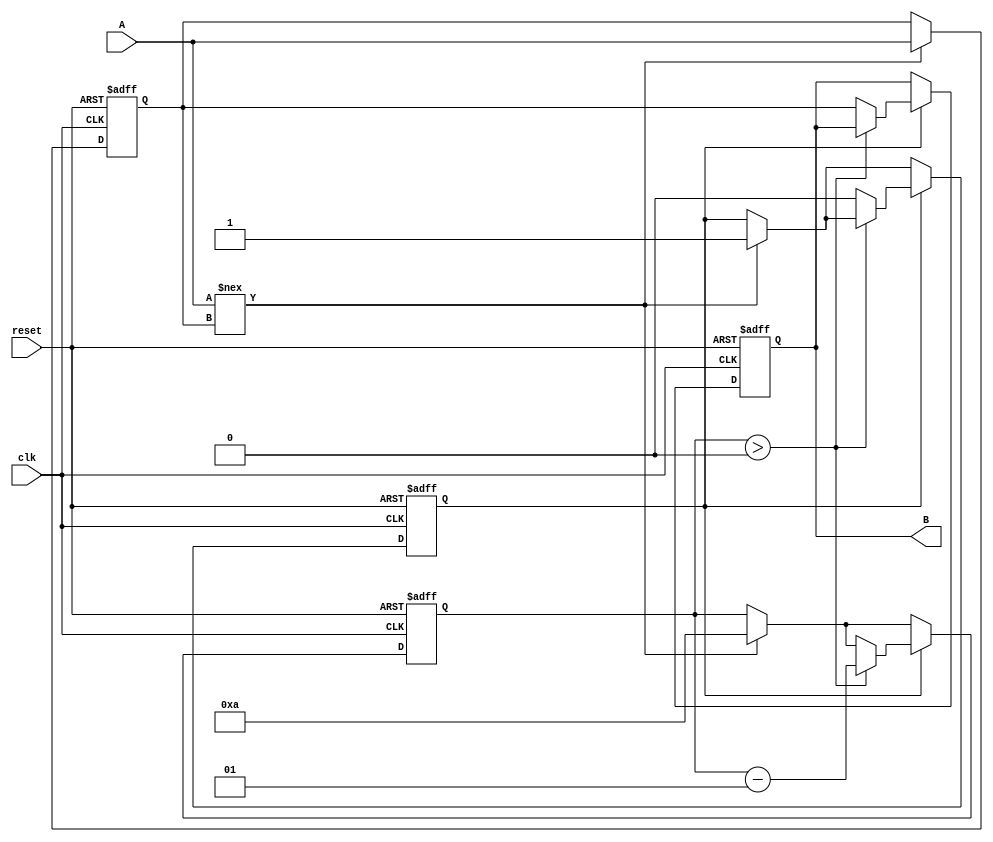
module Delay #(
    parameter DELAY_TIME = 10  // Delay time in time units (e.g., nanoseconds)
)(
    input wire clk,             // Clock signal
    input wire reset,           // Reset signal
    input wire A,               // Input signal
    output reg B                // Output signal
);
    
    reg A_reg;                  // Register to hold the input value during delay
    reg delay_active;           // Flag to indicate whether delay is active
    integer delay_counter;      // Counter for the delay

    always @(posedge clk or posedge reset) begin
        if (reset) begin
            B <= 1'b0;          // On reset, set output to low
            A_reg <= 1'b0;      // Reset the stored input signal
            delay_active <= 1'b0; // Clear delay active flag
            delay_counter <= 0;   // Reset the delay counter
        end else begin
            if (A !== A_reg) begin  // Detect change in A
                A_reg <= A;         // Update the registered input
                delay_counter <= DELAY_TIME; // Start the delay
                delay_active <= 1'b1; // Indicate that delay is active
            end

            if (delay_active) begin
                if (delay_counter > 0) begin
                    delay_counter <= delay_counter - 1; // Decrement counter
                end else begin
                    B <= A_reg;       // Update output with registered input after delay
                    delay_active <= 1'b0; // Clear delay active flag
                end
            end
        end
    end
endmodule